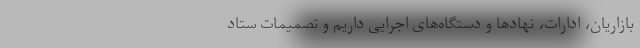
بازاریان، ادارات، نهادها و دستگاه‌های اجرایی داریم و تصمیمات ستاد